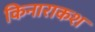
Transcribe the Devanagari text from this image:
किनाराकश